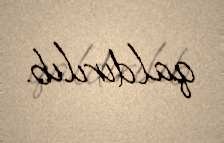
qaldırılıb.